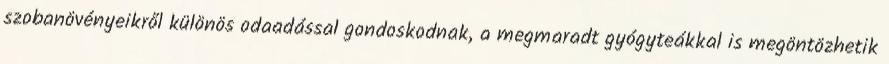
szobanövényeikről különös odaadással gondoskodnak, a megmaradt gyógyteákkal is megöntözhetik